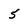
Character: 5